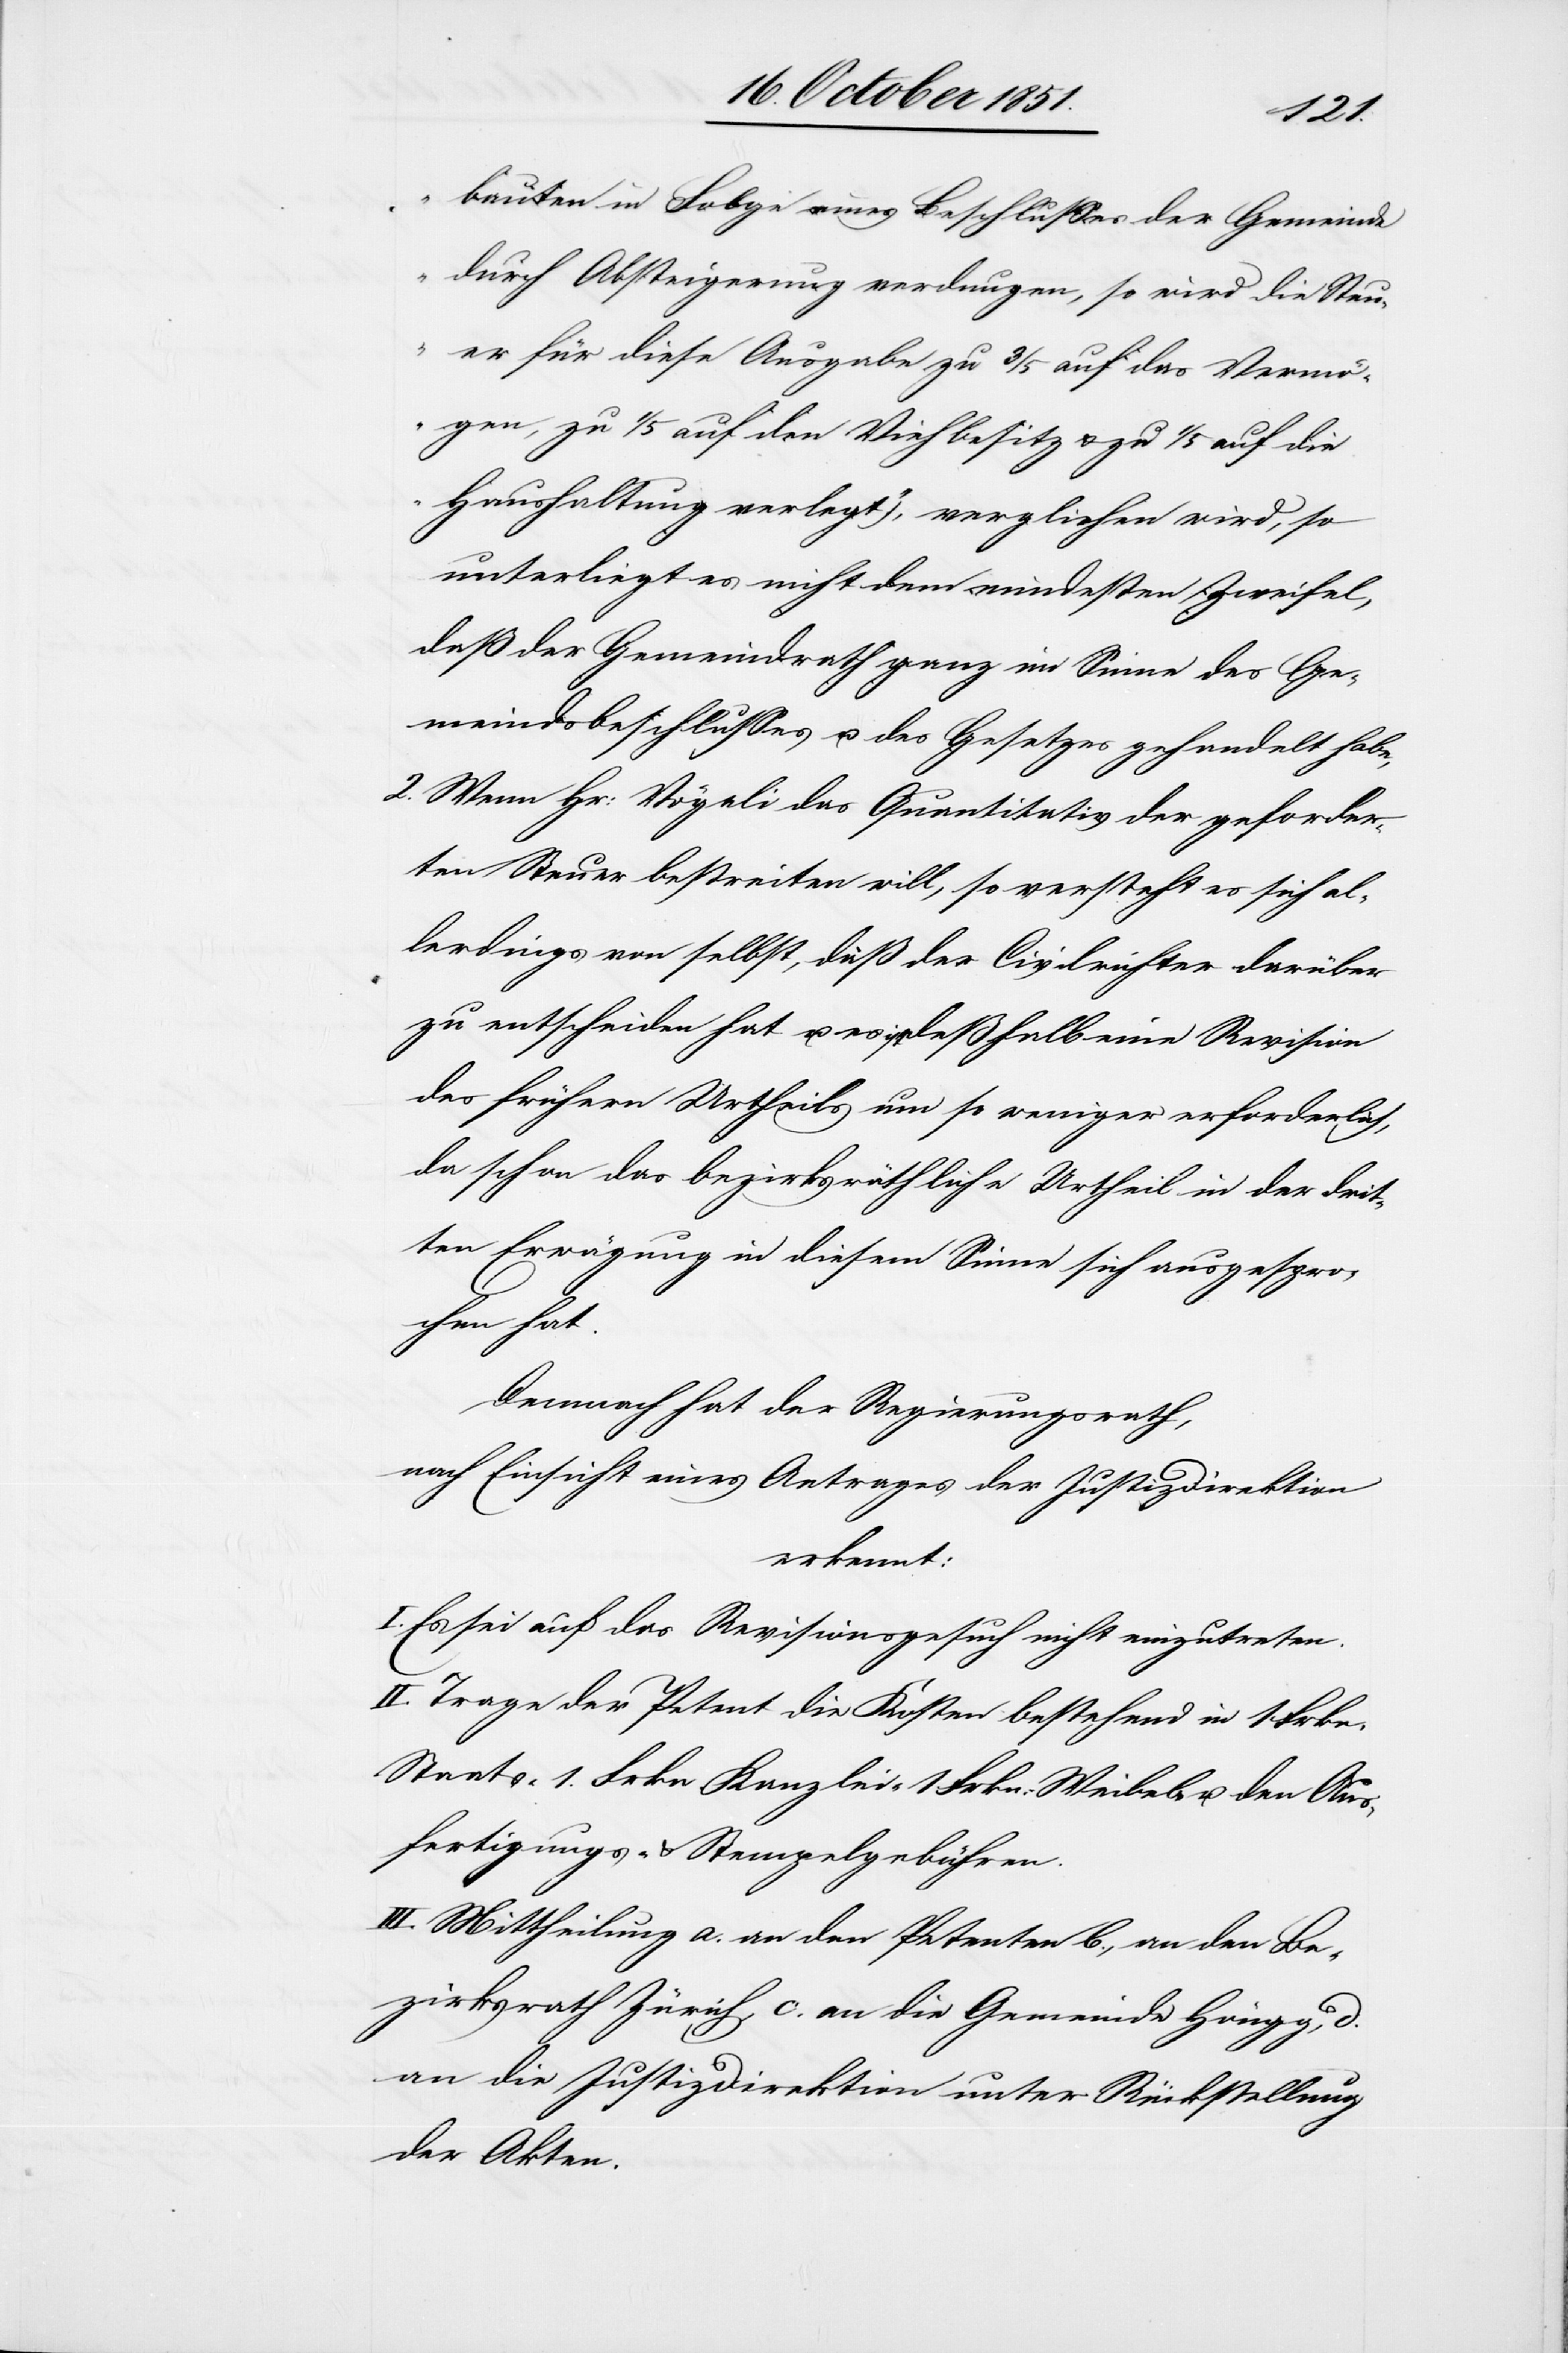
bauten in Folge eines Beschlusses der Gemeinde
durch Absteigerung verdungen, so wird die Steu¬
er für diese Ausgabe zu 3/5 auf das Vermö¬
gen, zu 1/5 auf den Viehbesitz & zu 1/5 auf die
Haushaltung verlegt“), verglichen wird, so
unterliegt es nicht dem mindesten Zweifel,
daß der Gemeindrath ganz im Sinne des Ge¬
meindsbeschlusses u. des Gesetzes gehandelt habe,
2. Wenn Hr: Vögeli das Quantitativ der geforder¬
ten Steuer bestreiten will, so versteht es sich al¬
lerdings von selbst, daß der Civilrichter darüber
zu entscheiden hat u. es ist deßhalb eine Revision
des frühern Urtheils um so weniger erforderlich,
da schon das bezirksräthliche Urtheil in der drit¬
ten Erwägung in diesem Sinne sich ausgespro¬
chen hat.
Demnach hat der Regierungsrath,
nach Einsicht eines Antrages der Justizdirektion
erkennt:
I. Es sei auf das Revisionsgesuch nicht einzutreten.
II. Trage der Petent die Kosten bestehend in 1 Frkn.
Staats-[,] 1 Frkn. Kanzlei-[,] 1 Frkn: Weibel- u. den Aus¬
fertigungs- & Stempelgebühren.
III. Mittheilung a. an den Petenten b., an den Be¬
zirksrath Zürich, c. an die Gemeinde Höngg, d.
an die Justizdirektion unter Rückstellung
der Akten.